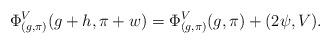
LaTeX: \begin{align*}\Phi^V_{(g,\pi)}(g+h, \pi+w) = \Phi_{(g,\pi)}^V(g, \pi) + (2\psi, V).\end{align*}